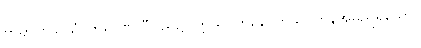
ဗာရာဏသိယံ၊ ဗာရာဏသီပြည်၌။ ဣသိပတနေ၊ ဣသိပတနအမည်ရှိသော။